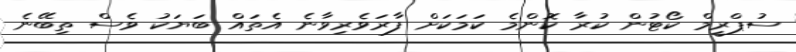
ސުޕްރީމް ކޯޓުން ކުރާ ކޮންމެ ކަމަކަށް ފާރަވެރިވާނެ އެތައް ބަޔަކު ވެސް ތިބޭނެ